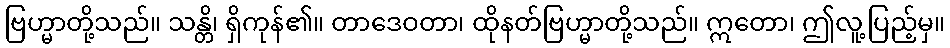
ဗြဟ္မာတို့သည်။ သန္တိ၊ ရှိကုန်၏။ တာဒေဝတာ၊ ထိုနတ်ဗြဟ္မာတို့သည်။ ဣတော၊ ဤလူ့ပြည့်မှ။